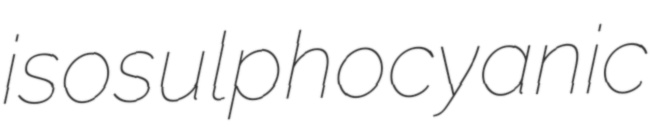
isosulphocyanic